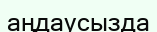
аңдаусызда